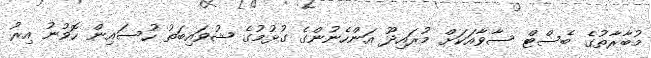
މުބާރާތުގެ ބެސްޓް ސާވާއަކަށް މުރައިދޫ އަންހެނުންގެ ގުޅުމުގެ ޝުވައިބަތު ހުސައިން ހޮވުނު އިރު